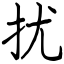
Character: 扰